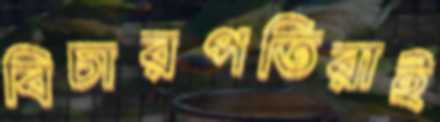
বিচারপতিরাই